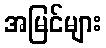
အမြင်များ